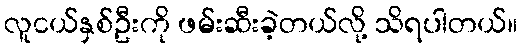
လူငယ်နှစ်ဦးကို ဖမ်းဆီးခဲ့တယ်လို့ သိရပါတယ်။